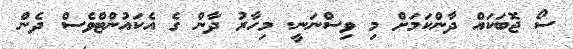
ސޯ ޖޮބަކައް ދާންކަމަށް މި ވިސްނަނީ. މިހާރު ދާން ގެ އެކައުންޓްވެސް ދެން